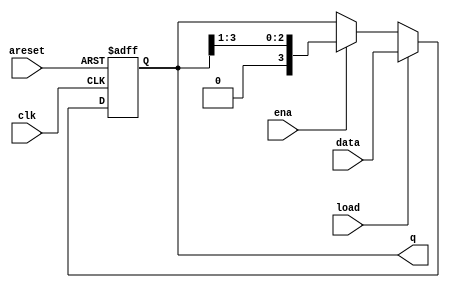
module top_module(
    input clk,
    input areset, 
    input load,
    input ena,
    input [3:0] data,
    output reg [3:0] q); 
    always @(posedge clk or posedge areset)
    if (areset) q <= 0;
    else if (load) q <= data;
    else if (ena) q <= q >> 1;
    else q <= q;

endmodule